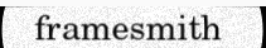
framesmith